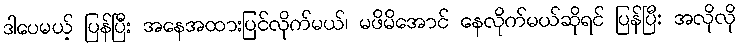
ဒါပေမယ့် ပြန်ပြီး အနေအထားပြင်လိုက်မယ်၊ မဖိမိအောင် နေလိုက်မယ်ဆိုရင် ပြန်ပြီး အလိုလို